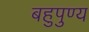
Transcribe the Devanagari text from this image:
बहुपुण्य